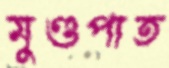
মুণ্ডপাত